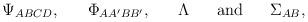
LaTeX: \begin{align*}\Psi_{ABCD},\ \ \ \ \ \Phi_{AA'BB'},\ \ \ \ \ \Lambda\ \ \ \ \ {\rm and}\ \ \ \ \ \Sigma_{AB},\end{align*}